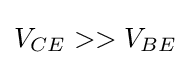
V_{CE}>>V_{BE}